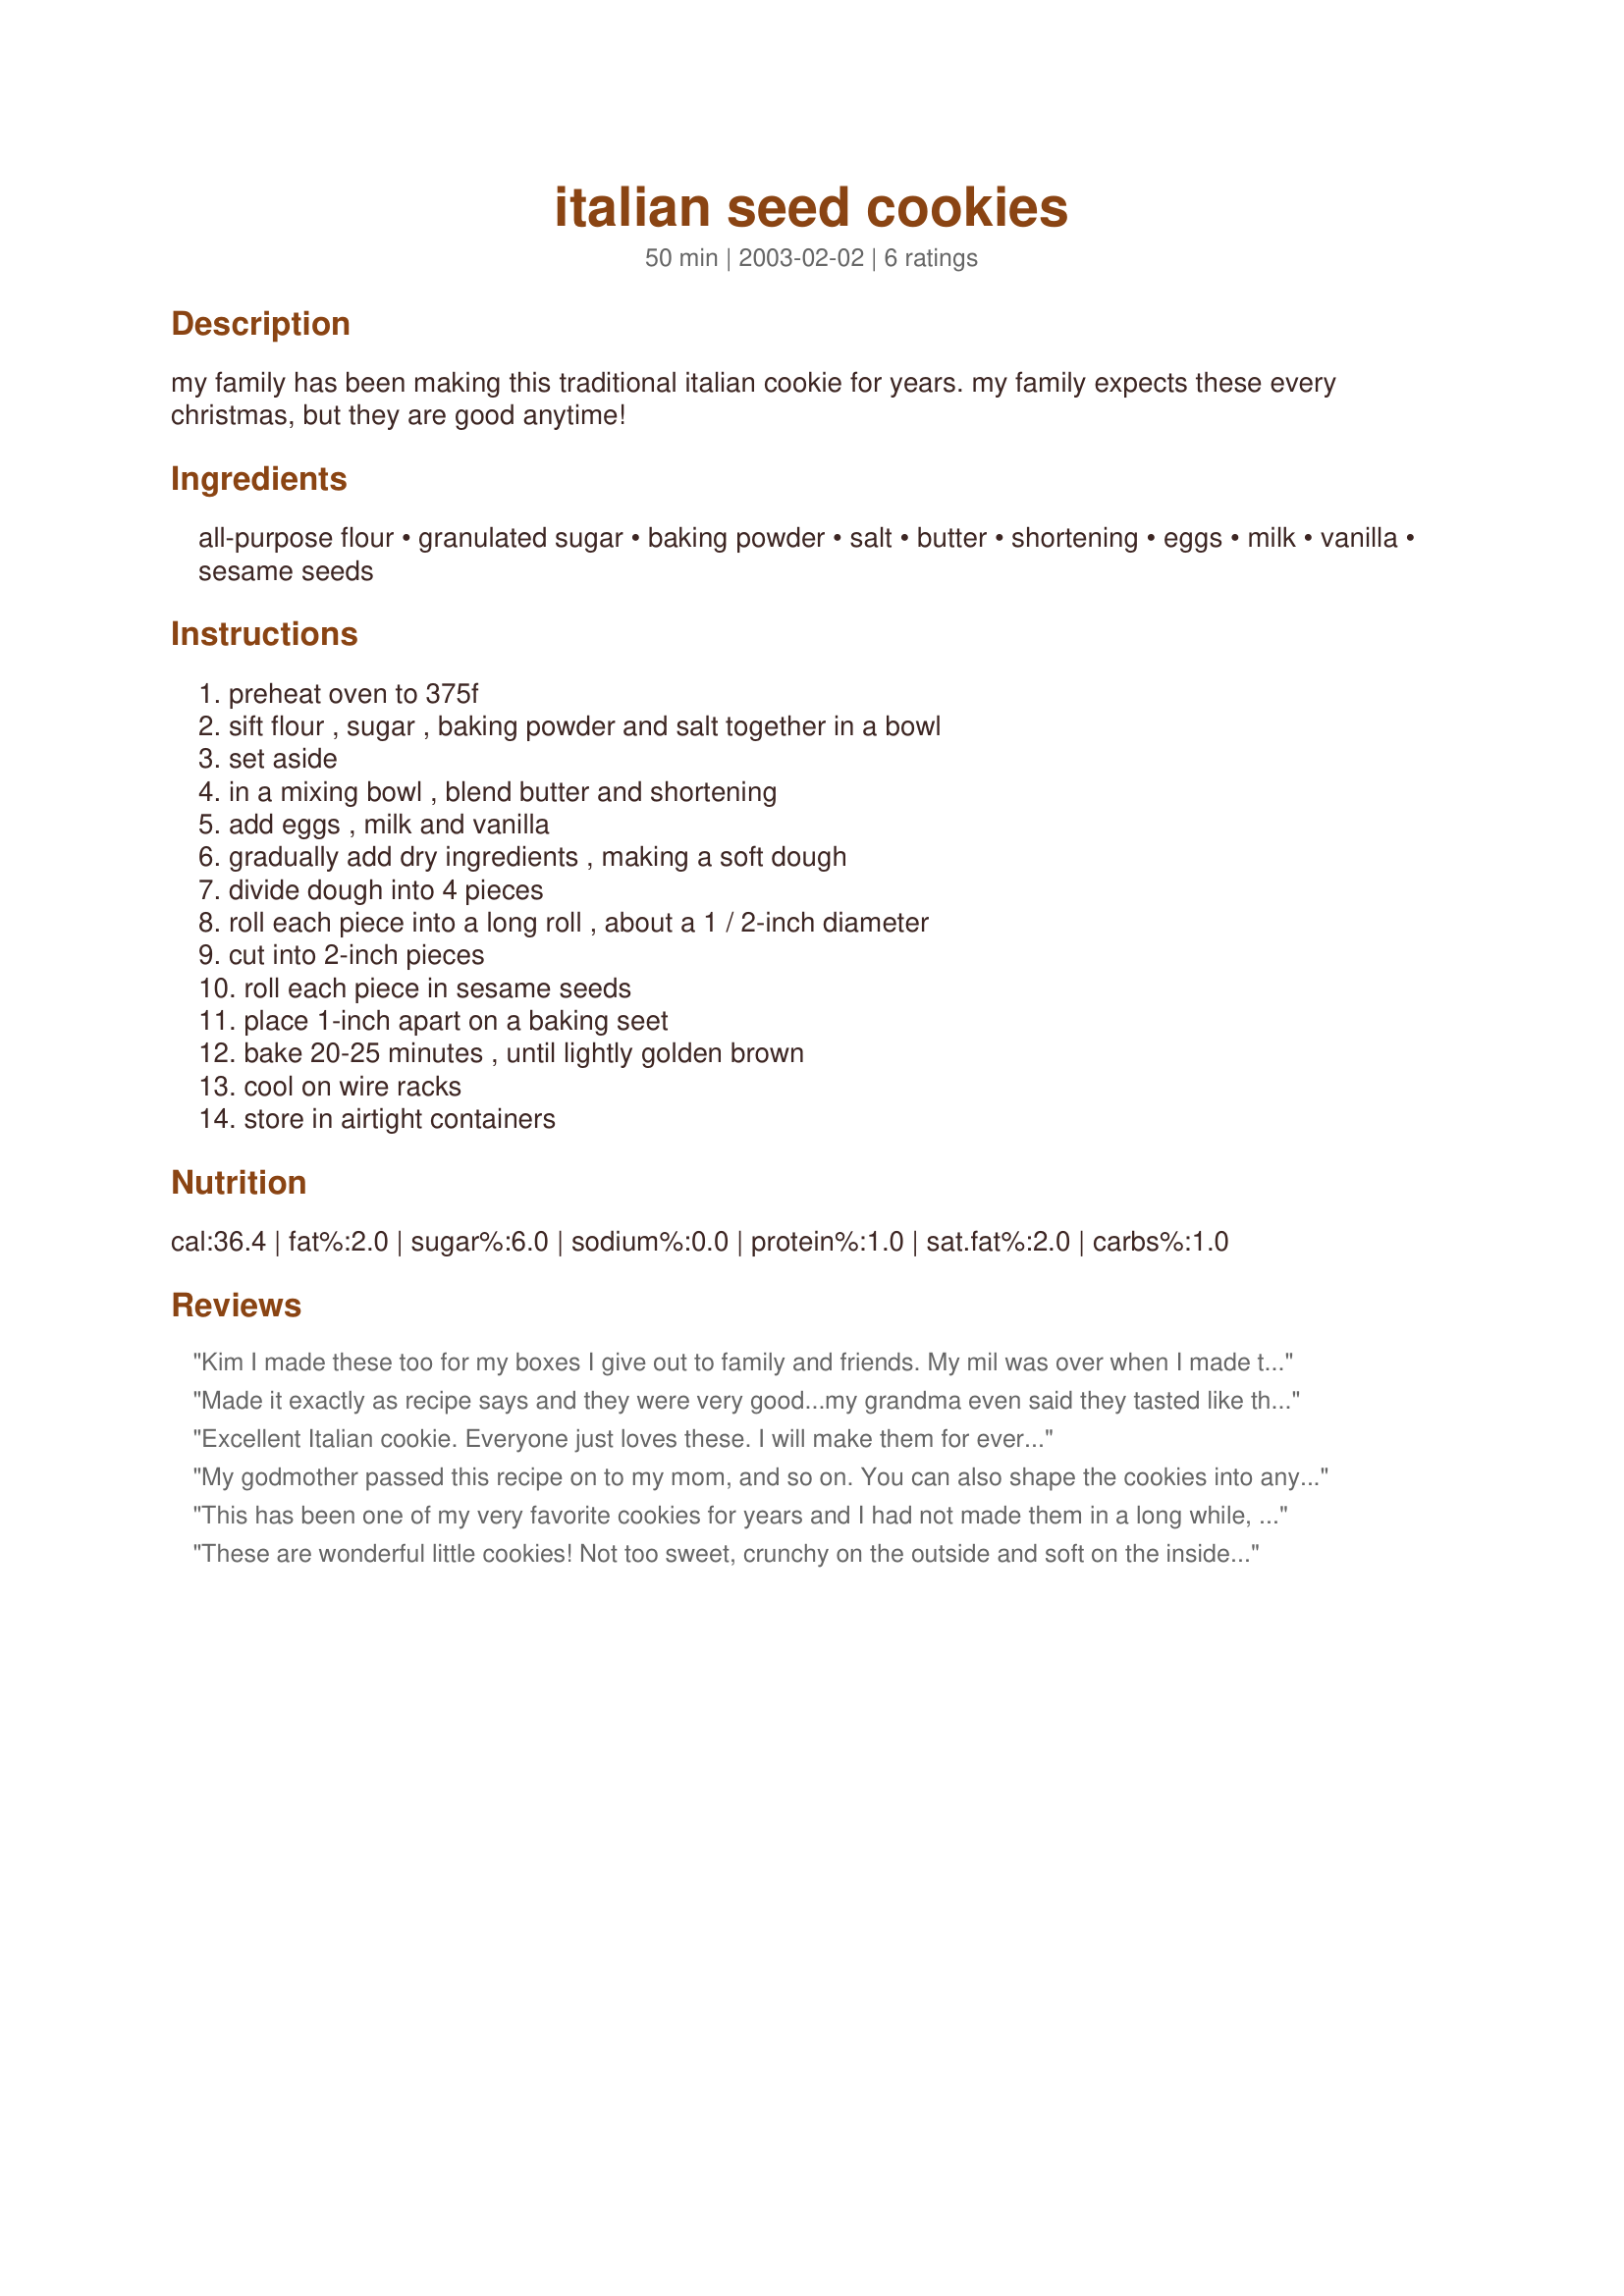
italian seed cookies
Preparation time: 50 minutes

my family has been making this traditional italian cookie for years. my family expects these every christmas, but they are good anytime!

Ingredients:
all-purpose flour, granulated sugar, baking powder, salt, butter, shortening, eggs, milk, vanilla, sesame seeds

Steps:
preheat oven to 375f, sift flour , sugar , baking powder and salt together in a bowl, set aside, in a mixing bowl , blend butter and shortening, add eggs , milk and vanilla, gradually add dry ingredients , making a soft dough, divide dough into 4 pieces, roll each piece into a long roll , about a 1 / 2-inch diameter, cut into 2-inch pieces, roll each piece in sesame seeds, place 1-inch apart on a baking seet, bake 20-25 minutes , until lightly golden brown, cool on wire racks, store in airtight containers

Reviews:
Kim I made these too for my boxes I give out to family and friends. My mil was over when I made these and loved them.. I rolled some in colored sugars, I took a pic of all the cookies they are the red long ones. I also rolled some in sesame seeds. Excellent tasting cookie that will be made again. Thanks for a hit.
:)
faith58
Made it exactly as recipe says and they were very good...my grandma even said they tasted like they came from the corner bakery!
Excellent Italian cookie. Everyone just loves these. I will make them for ever...
My godmother passed this recipe on to my mom, and so on. You can also shape the cookies into any small shapes you like. We separate smaller portions of dough and add different flavorings (anise, orange, etc etc). And rather than decorate before cooking, we mix up a simple icing that can also be flavored, dip first in the icing and then in various festive toppings like colored sugars.
This has been one of my very favorite cookies for years and I had not made them in a long while, so I was so glad to find this recipe. They came out just perfect and I have really been enjoying them. Thanks so much, Kim. You have some great recipes and I will surely be trying more of them.
These are wonderful little cookies! Not too sweet, crunchy on the outside and soft on the inside, they are the perfect accompaniment to a cup of coffee or tea. I used all butter in the recipe and rolled them into balls. The recipe made 38 cookies for me. The next time I make these, I may add just a hint of anise or citrus zest. Thanks for sharing this great recipe Kim.
